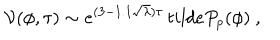
LaTeX: { \cal V } ( \phi , \tau ) \sim e ^ { ( 3 - 1 . 1 \sqrt \lambda ) \tau } \, t i l d e P _ { p } ( \phi ) \ ,